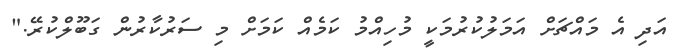
އަދި އެ މައްޗަށް އަމަލުކުރުމަކީ މުހިއްމު ކަމެއް ކަމަށް މި ސަރުކާރުން ގަބޫލްކުރޭ."